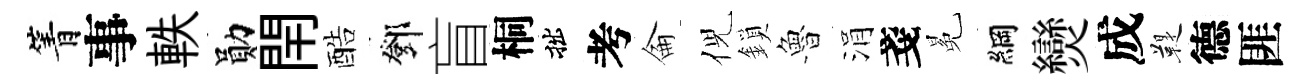
箐事軼勛閈酷鄧盲桐拙考侖倪鎖魯涓戔冕綱𤓖成鞮德匪